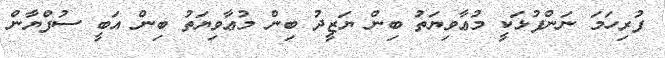
ފުރިހަމަ ނަންފުޅަކީ މުޢާވިޔަތު ބިން ޔަޒީދު ބިން މުޢާވިޔަތު ބިން އަބީ ސުފްޔާން